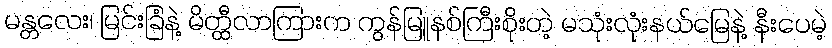
မန္တလေး၊ မြင်းခြံနဲ့ မိတ္ထီလာကြားက ကွန်မြူနစ်ကြီးစိုးတဲ့ မသုံးလုံးနယ်မြေနဲ့ နီးပေမဲ့